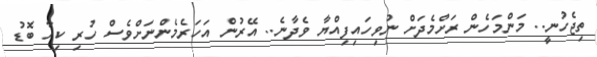
ތިޖެހުނީ.. މަންމަހެން ރަށްމެދަށް ނުވިހައިފިއްޔާ ވެދާނެ.. އޭރުން އަހަރެމެންނަށްވެސް ހުރި ކިހާ ބޮޑު